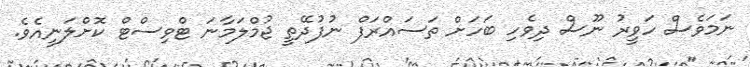
ނަމަވެސް ހަވީރު ނޫސް ދިވެހި ބަހަށް ތަސައްރަފް ނުފުދޭތީ ޖުމްލަމާނަ ޓްވިސްޓް ކޮށްލަނީއެވެ.